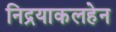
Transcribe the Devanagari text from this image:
निद्रयाकलहेन